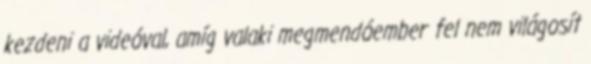
kezdeni a videóval, amíg valaki megmendóember fel nem világosít